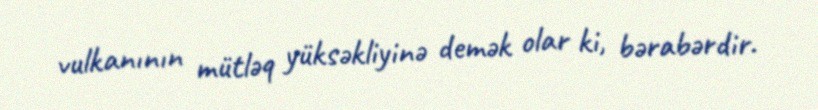
vulkanının mütləq yüksəkliyinə demək olar ki, bərabərdir.